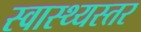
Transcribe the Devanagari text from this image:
स्वास्थ्यस्तर